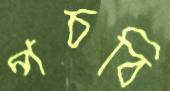
পচবি